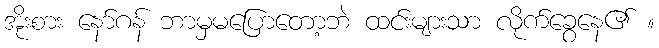
အိုးစား နော်ဂန် ဘာမှမပြောတော့ဘဲ ထင်းများသာ လိုက်ခွေနေ၏ ။